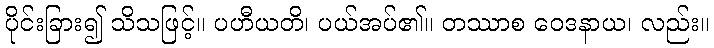
ပိုင်းခြား၍ သိသဖြင့်။ ပဟီယတိ၊ ပယ်အပ်၏။ တဿာစ ဝေဒနာယ၊ လည်း။